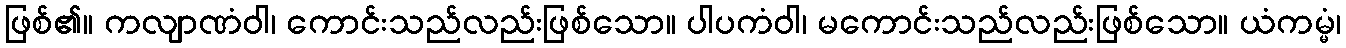
ဖြစ်၏။ ကလျာဏံဝါ၊ ကောင်းသည်လည်းဖြစ်သော။ ပါပကံဝါ၊ မကောင်းသည်လည်းဖြစ်သော။ ယံကမ္မံ၊